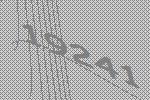
19241